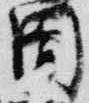
閤